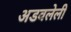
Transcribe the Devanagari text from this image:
अडवलेली